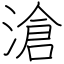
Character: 滄